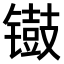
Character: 𫔐